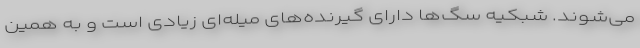
می‌شوند. شبکیه سگ‌ها دارای گیرنده‌های میله‌ای زیادی است و به همین